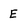
Character: E